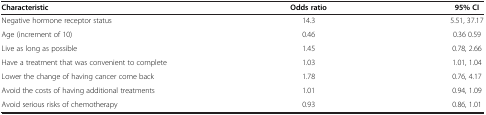
<table><thead><tr><td><b>Characteristic</b></td><td><b>Odds ratio</b></td><td><b>95% CI</b></td></tr></thead><tbody><tr><td>Negative hormone receptor status</td><td>14.3</td><td>5.51, 37.17</td></tr><tr><td>Age (increment of 10)</td><td>0.46</td><td>0.36 0.59</td></tr><tr><td>Live as long as possible</td><td>1.45</td><td>0.78, 2.66</td></tr><tr><td>Have a treatment that was convenient to complete</td><td>1.03</td><td>1.01, 1.04</td></tr><tr><td>Lower the change of having cancer come back</td><td>1.78</td><td>0.76, 4.17</td></tr><tr><td>Avoid the costs of having additional treatments</td><td>1.01</td><td>0.94, 1.09</td></tr><tr><td>Avoid serious risks of chemotherapy</td><td>0.93</td><td>0.86, 1.01</td></tr></tbody></table>